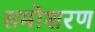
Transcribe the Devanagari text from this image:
समोशरण